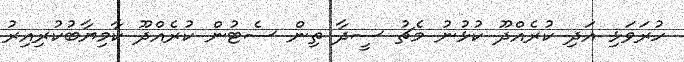
ހުރަވަޅި އަދި ކުރެއްދޫ ކުޅުނު މެޗު ސީދާ ތިން ސެޓުން ކުރެއްދޫ ކާމިޔާބުކުރިއިރު